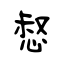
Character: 惄